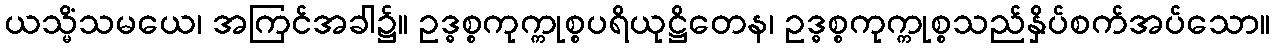
ယသ္မိံသမယေ၊ အကြင်အခါ၌။ ဥဒ္ဓစ္စကုက္ကုစ္စပရိယုဋ္ဌိတေန၊ ဥဒ္ဓစ္စကုက္ကုစ္စသည်နှိပ်စက်အပ်သော။